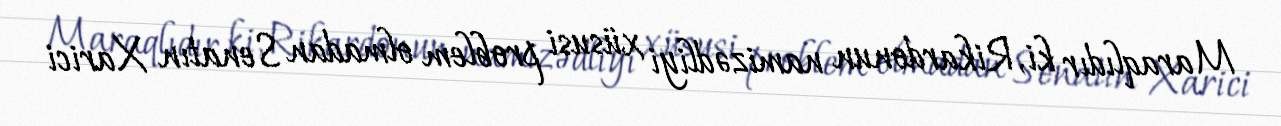
Maraqlıdır ki, Rikardonun namizədliyi xüsusi problem olmadan Senatın Xarici